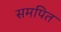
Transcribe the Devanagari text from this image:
समपित